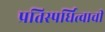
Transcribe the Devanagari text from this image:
प्रतिस्पर्धित्वाची